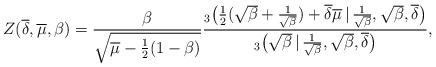
LaTeX: \begin{align*}Z(\overline\delta,\overline\mu,\beta)=\frac{\beta}{\sqrt{\overline\mu - \frac{1}{2}(1-\beta)}} \frac{_3\big( \frac{1}{2}(\sqrt{\beta}+\frac{1}{\sqrt{\beta}})+\overline\delta \overline\mu\,|\, \frac{1}{\sqrt{\beta}}, \sqrt{\beta},\overline\delta \big)}{_3\big( \sqrt{\beta}\,|\, \frac{1}{\sqrt{\beta}}, \sqrt{\beta},\overline\delta \big)},\end{align*}